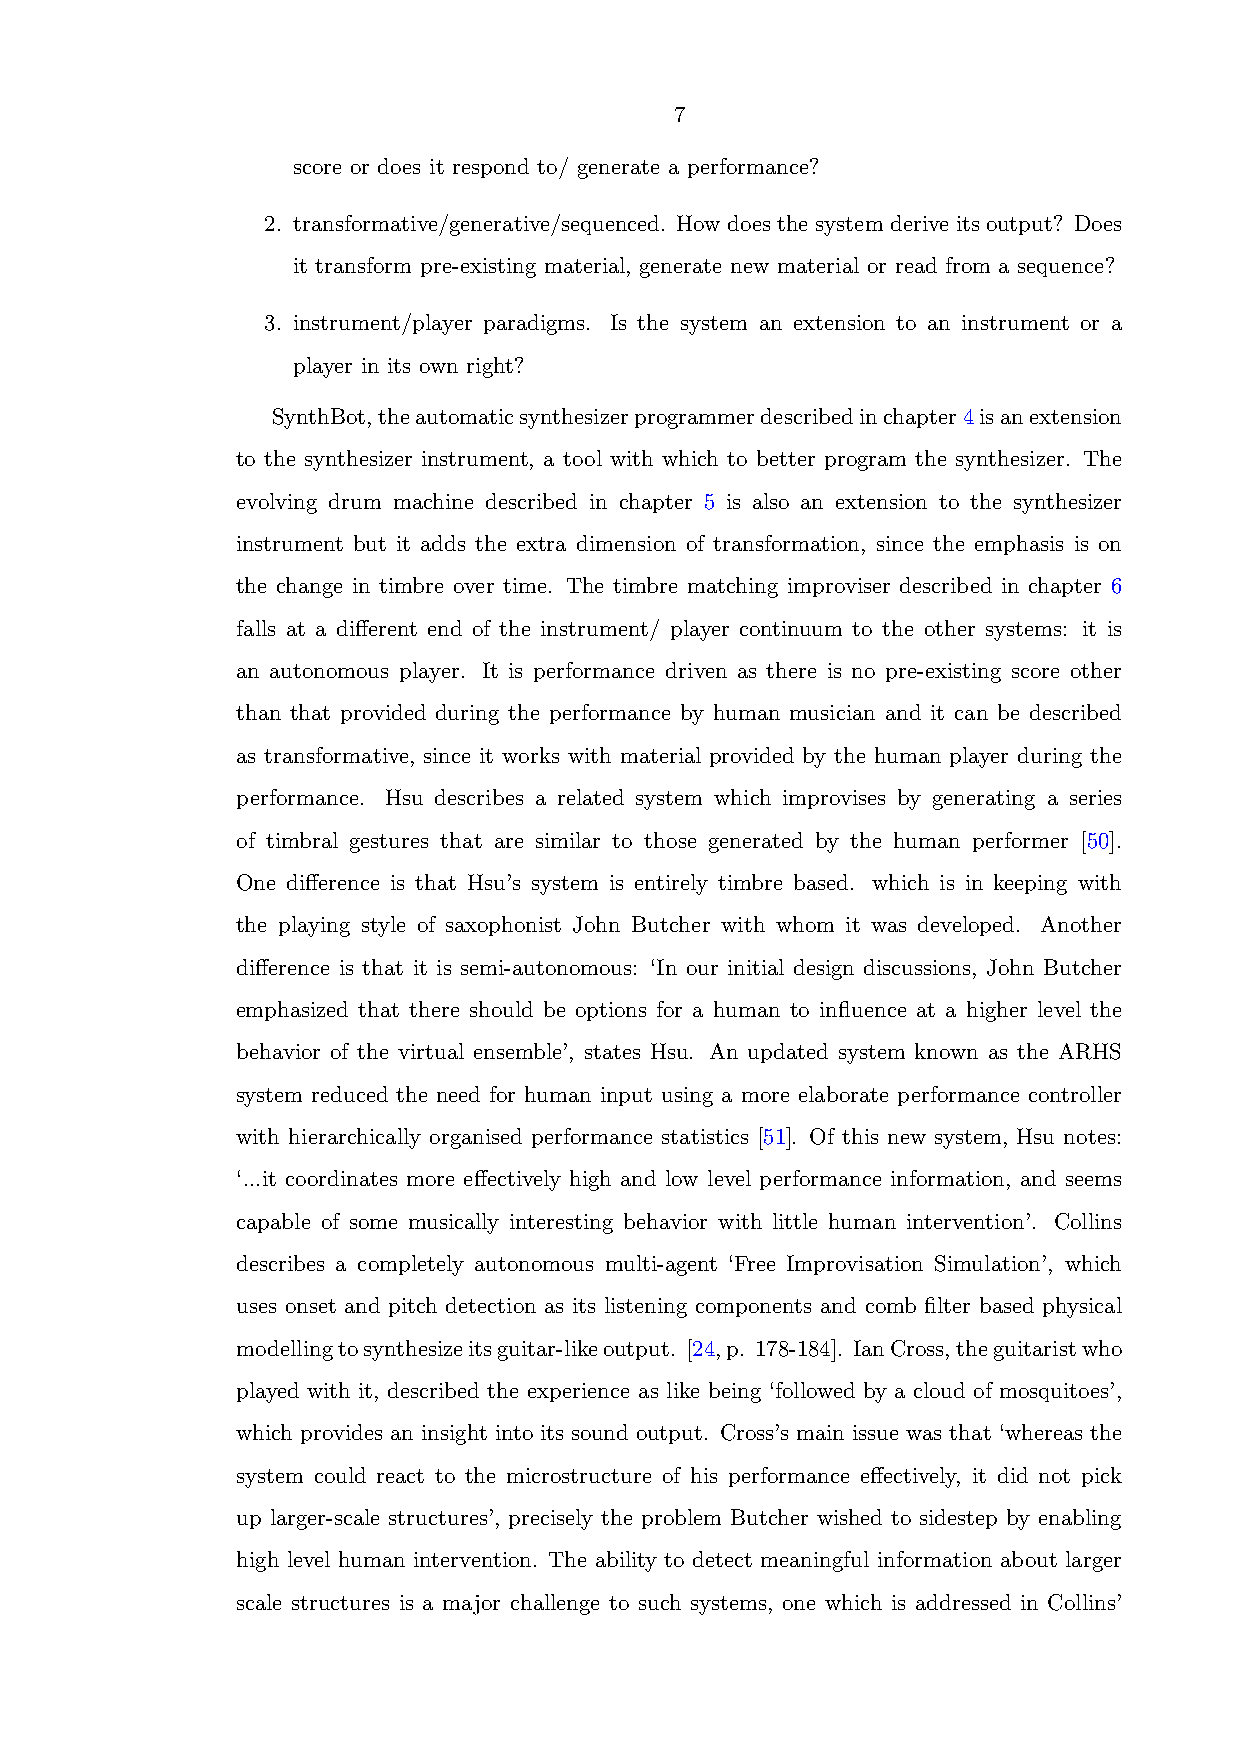
7
 score or does it respond to/ generate a performance?
 2. transformative/generative/sequenced. How does the system derive its output? Does
 it transform pre-existing material, generate new material or read from a sequence?
 3. instrument/player paradigms. Is the system an extension to an instrument or a
 player in its own right?
 SynthBot,theautomaticsynthesizerprogrammerdescribedinchapter4isanextension
 to the synthesizer instrument, a tool with which to better program the synthesizer. The
 evolving drum machine described in chapter 5 is also an extension to the synthesizer
 instrument but it adds the extra dimension of transformation, since the emphasis is on
 the change in timbre over time. The timbre matching improviser described in chapter 6
 falls at a different end of the instrument/ player continuum to the other systems: it is
 an autonomous player. It is performance driven as there is no pre-existing score other
 than that provided during the performance by human musician and it can be described
 as transformative, since it works with material provided by the human player during the
 performance. Hsu describes a related system which improvises by generating a series
 of timbral gestures that are similar to those generated by the human performer [50].
 One difference is that Hsu’s system is entirely timbre based. which is in keeping with
 the playing style of saxophonist John Butcher with whom it was developed. Another
 difference is that it is semi-autonomous: ‘In our initial design discussions, John Butcher
 emphasized that there should be options for a human to influence at a higher level the
 behavior of the virtual ensemble’, states Hsu. An updated system known as the ARHS
 system reduced the need for human input using a more elaborate performance controller
 with hierarchically organised performance statistics [51]. Of this new system, Hsu notes:
 ‘...it coordinates more effectively high and low level performance information, and seems
 capable of some musically interesting behavior with little human intervention’. Collins
 describes a completely autonomous multi-agent ‘Free Improvisation Simulation’, which
 uses onset and pitch detection as its listening components and comb filter based physical
 modellingtosynthesizeitsguitar-likeoutput. [24,p. 178-184]. IanCross,theguitaristwho
 played with it, described the experience as like being ‘followed by a cloud of mosquitoes’,
 which provides an insight into its sound output. Cross’s main issue was that ‘whereas the
 system could react to the microstructure of his performance effectively, it did not pick
 up larger-scale structures’, precisely the problem Butcher wished to sidestep by enabling
 high level human intervention. The ability to detect meaningful information about larger
 scale structures is a major challenge to such systems, one which is addressed in Collins’